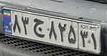
۸۳ج۸۲۵۳۱